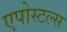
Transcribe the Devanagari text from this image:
एपोस्टल्स